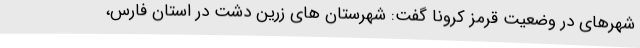
شهرهای در وضعیت قرمز کرونا گفت: شهرستان های زرین دشت در استان فارس،